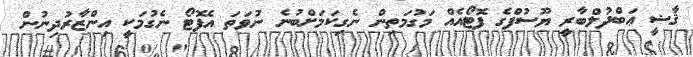
ޤާޟީ ޢަބްދުލްބާރީ ޔޫސުފްގެ ފޮޓޯއެއް މަގުމަތިން ނެގިކަމަށްބުނެ ނުވަތަ އެފޮޓޯ ނެގުމަކީ އިންޒާރުދިނުން